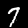
Label: 7